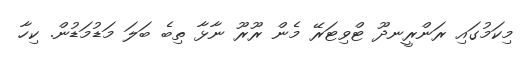
މިކަމުގައި ރަންރީނދޫ ޓްވިޓަރޭ މެން ރޫރޫ ނާޅާ ތިބެ ބަލަ މަޑުމަޑުން. ކިހާ